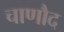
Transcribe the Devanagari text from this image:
चाणौद